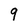
Character: 9